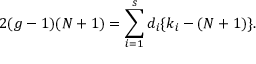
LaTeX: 2 ( g - 1 ) ( N + 1 ) = \sum _ { i = 1 } ^ { s } d _ { i } \{ k _ { i } - ( N + 1 ) \} .